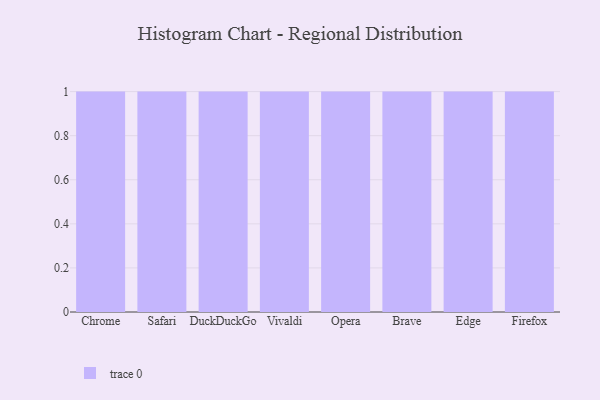
{"axis": {"x": "Browser", "y": "Shipments"}, "legend": [""], "data": [{"x": "Chrome", "y": 37, "type": ""}, {"x": "Safari", "y": 96, "type": ""}, {"x": "DuckDuckGo", "y": 64, "type": ""}, {"x": "Vivaldi", "y": 53, "type": ""}, {"x": "Opera", "y": 2, "type": ""}, {"x": "Brave", "y": 34, "type": ""}, {"x": "Edge", "y": 28, "type": ""}, {"x": "Firefox", "y": 32, "type": ""}]}